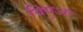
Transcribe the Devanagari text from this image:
विषुआ